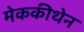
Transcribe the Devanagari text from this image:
मेककीथेन